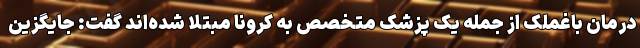
درمان باغملک از جمله یک پزشک متخصص به کرونا مبتلا شده‌اند گفت: جایگزین